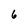
Character: 6